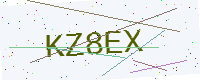
Text: KZ8EX